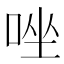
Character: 唑